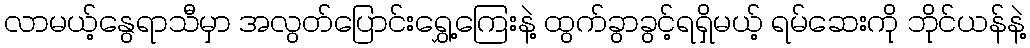
လာမယ့်နွေရာသီမှာ အလွတ်ပြောင်းရွှေ့ကြေးနဲ့ ထွက်ခွာခွင့်ရရှိမယ့် ရမ်ဆေးကို ဘိုင်ယန်နဲ့